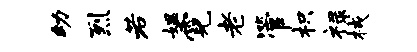
幼烈若媪霓老管枳禄械